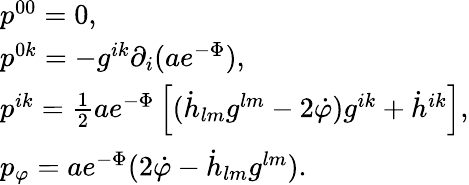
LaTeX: \begin{array}{l}{{p^{00}=0,}}\\ {{p^{0k}=-g^{ik}\partial_{i}(ae^{-\Phi}),}}\\ {{p^{ik}=\frac{1}{2}ae^{-\Phi}\left[(\dot{h}_{lm}g^{lm}-2\dot{\varphi})g^{ik}+\dot{h}^{ik}\right],}}\\ {{p_{\varphi}=ae^{-\Phi}(2\dot{\varphi}-\dot{h}_{lm}g^{lm}).}}\end{array}